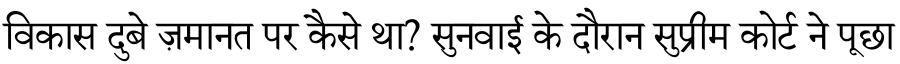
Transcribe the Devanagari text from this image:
विकास दुबे ज़मानत पर कैसे था? सुनवाई के दौरान सुप्रीम कोर्ट ने पूछा